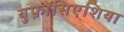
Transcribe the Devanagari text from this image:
युफ़ॉसिएशिया